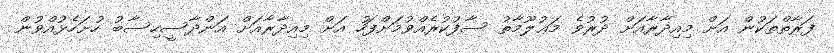
ފަރާތްތަކުން އަށް މިއިދާރާއަށް ދުރުވެ މަޢުލޫމާތު ސާފުކުރެއްވުމަށްފަހު އަށް މިއިދާރާއަށް އަންދާސީހިސާބު ހުށަހެޅުއްވުން